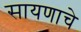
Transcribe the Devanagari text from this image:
सायणाचे